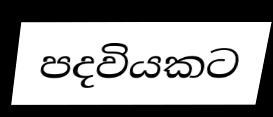
පදවියකට